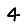
Digit: 4